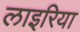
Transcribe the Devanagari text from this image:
लाइरिया